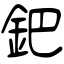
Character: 鈀